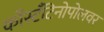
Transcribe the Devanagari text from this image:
काँस्टँटिनोपोलवर